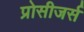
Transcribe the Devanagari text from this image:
प्रोसीजर्स